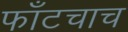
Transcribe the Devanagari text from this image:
फाँटचाच